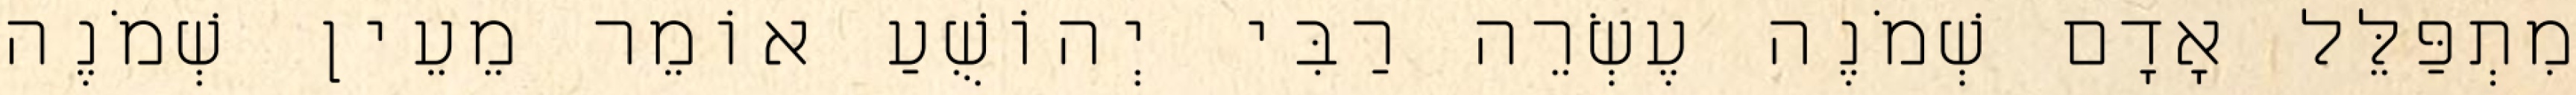
מִתְפַּלֵּל אָדָם שְׁמֹנֶה עֶשְׂרֵה רַבִּי יְהוֹשֻׁעַ אוֹמֵר מֵעֵין שְׁמֹנֶה